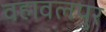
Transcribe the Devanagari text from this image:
वहावलपुर